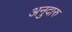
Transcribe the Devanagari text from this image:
अनुदारु